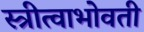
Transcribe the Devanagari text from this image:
स्त्रीत्वाभोवती